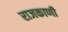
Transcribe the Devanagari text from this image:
राजकाणी